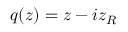
q ( z ) = z - i z _ { R }